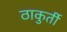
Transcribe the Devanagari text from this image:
ठाकुर्ती